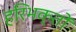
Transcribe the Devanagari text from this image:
हरिभक्तों